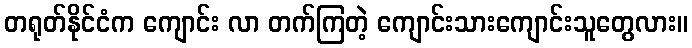
တရုတ်နိုင်ငံက ကျောင်း လာ တက်ကြတဲ့ ကျောင်းသားကျောင်းသူတွေလား။